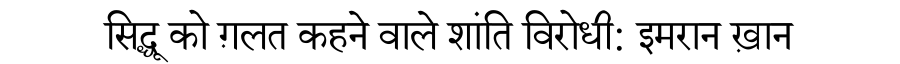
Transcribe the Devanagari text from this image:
सिद्धू को ग़लत कहने वाले शांति विरोधी: इमरान ख़ान